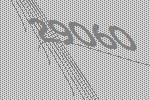
29060